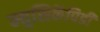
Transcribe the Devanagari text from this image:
म्युसिकॅपिडी